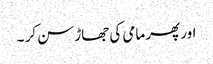
اور پھر مامی کی جھاڑ سن کر ۔